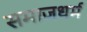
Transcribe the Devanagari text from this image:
समाजधर्म